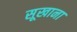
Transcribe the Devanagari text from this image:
सूखाना